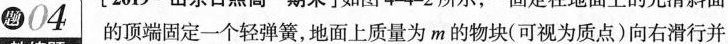
题04的顶端固定一个轻弹簧，地面上质量为m的物块(可视为质点)向右滑行并